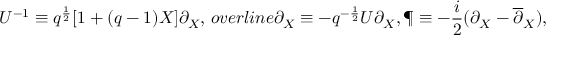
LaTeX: U ^ { - 1 } \equiv q ^ { \frac { 1 } { 2 } } [ 1 + ( q - 1 ) X ] \partial _ { X } , \, o v e r l i n e { \partial } _ { X } \equiv - q ^ { - \frac { 1 } { 2 } } U \partial _ { X } , \P \equiv - \frac { i } { 2 } ( \partial _ { X } - \overline { { { \partial } } } _ { X } ) ,